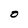
Character: O